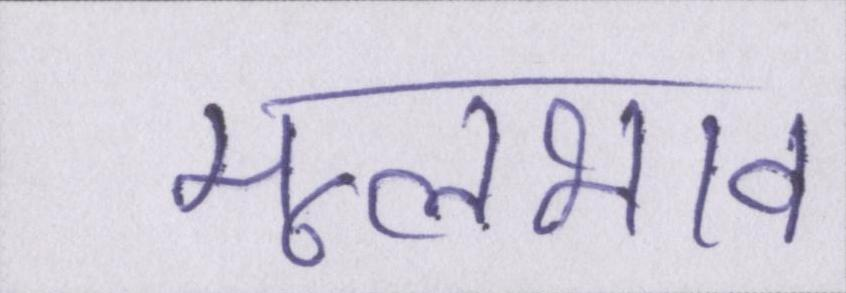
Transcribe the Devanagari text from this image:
मूलभाव